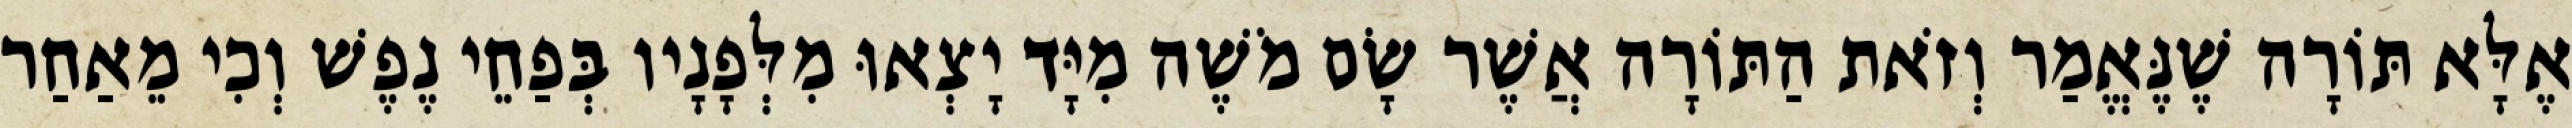
אֶלָּא תּוֹרָה שֶׁנֶּאֱמַר וְזֹאת הַתּוֹרָה אֲשֶׁר שָׂם מֹשֶׁה מִיָּד יָצְאוּ מִלְּפָנָיו בְּפַחֵי נֶפֶשׁ וְכִי מֵאַחַר